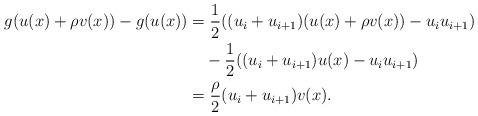
LaTeX: \begin{align*} \begin{aligned}[b] g(u(x)+\rho v(x)) - g(u(x)) &= \frac{1}{2}( (u_i + u_{i+1})( u(x)+ \rho v(x)) - u_i u_{i+1} )\\ \MoveEqLeft[-1]- \frac{1}{2}( (u_i + u_{i+1})u(x) - u_i u_{i+1} )\\ &= \frac{\rho}{2} (u_i + u_{i+1}) v(x). \end{aligned} \end{align*}